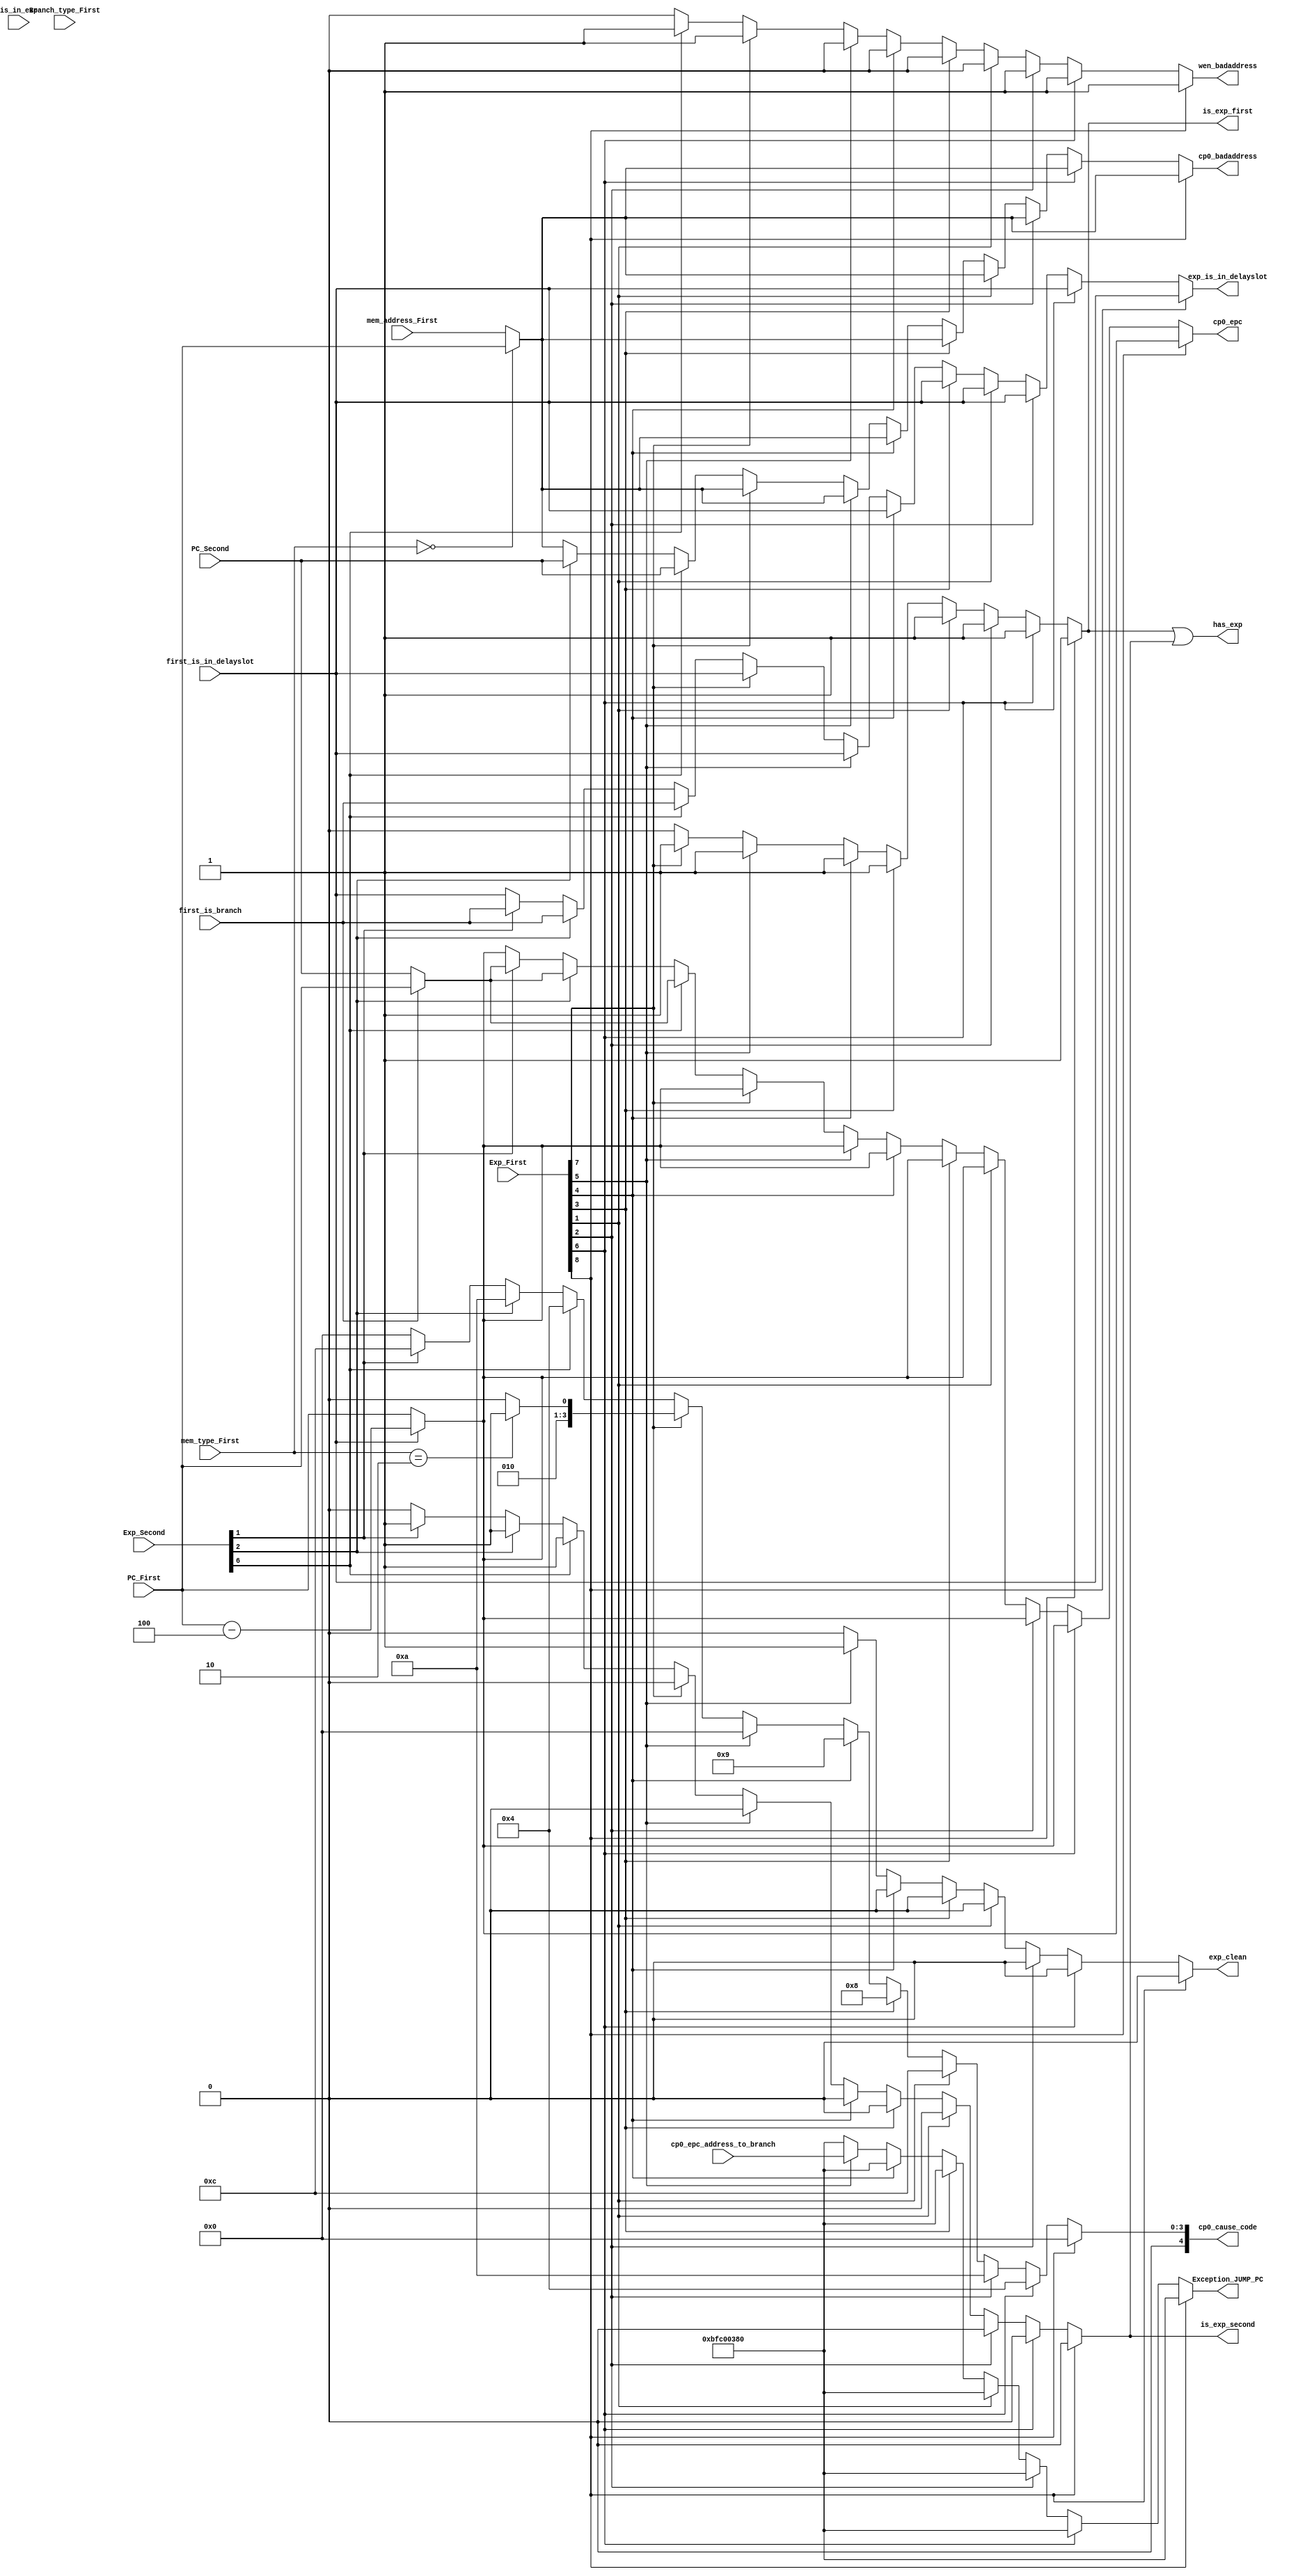
module Exception(
    input wire [13:0] Exp_First,
    input wire [13:0] Exp_Second,
    input wire [1:0] mem_type_First,//if write or read mem
    input wire [31:0] PC_First,
    input wire [3:0]  Branch_type_First,//judge the first if branch,then the second is in the delayslot
    input wire [31:0] PC_Second,
    input wire [31:0] mem_address_First,
    input wire first_is_branch,
    input wire first_is_in_delayslot,
    input wire is_in_exp,//status[1]
    input wire [31:0] cp0_epc_address_to_branch,
    output reg [31:0] Exception_JUMP_PC,
    output wire has_exp,//is_exp_first||is_exp_second
    output reg is_exp_first,
    output reg is_exp_second,
    output reg exp_is_in_delayslot,
    output reg [31:0] cp0_epc,
    output reg wen_badaddress,
    output reg [31:0] cp0_badaddress,
    output reg [4:0] cp0_cause_code,
    output reg exp_clean

);
//---Exp_First_new 1
//  overflow->1
//  RI->2
//  Syscall->3
//  Break->4
//  Eret->5
//  iaddr_error->6
//  daddr_error_read/write->7
//  soft_int->8
wire overflow_first,Ri_first,syscall_first,break_first,eret_first,iaddr_error_first,daddr_error_first,soft_int_first;
wire overflow_second,Ri_second,iaddr_error_second;
wire wmem;//write mem
assign overflow_first=Exp_First[1];
assign Ri_first=Exp_First[2];
assign syscall_first=Exp_First[3];
assign break_first=Exp_First[4];
assign eret_first=Exp_First[5];
assign iaddr_error_first=Exp_First[6];
assign daddr_error_first=Exp_First[7];
assign soft_int_first=Exp_First[8];
assign overflow_second=Exp_Second[1];
assign Ri_second=Exp_Second[2];
assign iaddr_error_second=Exp_Second[6];
assign wmem=(mem_type_First==2'b10);//judge if inst is store
assign has_exp=(is_exp_first||is_exp_second);
always@(*)begin
    Exception_JUMP_PC=32'hBFC00380;
    is_exp_first=1'b0;
    exp_is_in_delayslot=first_is_in_delayslot;
    cp0_epc=first_is_in_delayslot?PC_First-32'd4:PC_First;
    cp0_badaddress=(mem_type_First==2'b00)?PC_First:mem_address_First;
    cp0_cause_code=5'h0;
    exp_clean=1'b0;
    wen_badaddress=1'b0;
    if(soft_int_first)begin
        wen_badaddress=1'b1;
        //exp_clean=1'b0;
        cp0_cause_code=5'h0;
        is_exp_first=1'b1;
        is_exp_second=1'b0;
    end
    else if(iaddr_error_first)begin//fetch address
        is_exp_first=1'b1;
        is_exp_second=1'b0;
        cp0_cause_code=5'h04;
        wen_badaddress=1'b1;
    end
    else if(Ri_first)begin
        is_exp_first=1'b1;
        is_exp_second=1'b0;
        cp0_cause_code=5'h0a;
        wen_badaddress=1'b1;
    end
    else if(overflow_first)begin
        is_exp_first=1'b1;
        is_exp_second=1'b0;
        cp0_cause_code=5'h0c;
    end
    else if(syscall_first)begin
        is_exp_first=1'b1;
        is_exp_second=1'b0;
        cp0_cause_code=5'h08;
    end
    else if(break_first)begin
        is_exp_first=1'b1;
        is_exp_second=1'b0;
        cp0_cause_code=5'h09;
    end
    else if(eret_first)begin
        is_exp_first=1'b1;
        is_exp_second=1'b0;
        exp_clean=1'b1;
        Exception_JUMP_PC=cp0_epc_address_to_branch;
    end
    else if(daddr_error_first)begin//if store
        is_exp_first=1'b1;
        is_exp_second=1'b0;
        wen_badaddress=1'b1;
        if(wmem==1'b1)begin
        cp0_cause_code=5'h05;
        end
        else begin
        cp0_cause_code=5'h04;
        end
    end
    else if(iaddr_error_second)begin
        is_exp_second=1'b1;
        cp0_cause_code=5'h04;
        wen_badaddress=1'b1;
        cp0_badaddress=PC_Second;
        exp_is_in_delayslot=first_is_branch;
        cp0_epc=(first_is_branch)?PC_First:PC_Second;
    end
    else if(Ri_second)begin
        is_exp_second=1'b1;
        cp0_cause_code=5'h0a;
        wen_badaddress=1'b0;
        cp0_badaddress=PC_Second;
        exp_is_in_delayslot=first_is_branch;
        cp0_epc=(first_is_branch)?PC_First:PC_Second;
    end
    else if(overflow_second)begin
        is_exp_second=1'b1;
        cp0_cause_code=5'h0c;
        exp_is_in_delayslot=first_is_branch;
        cp0_epc=(first_is_branch)?PC_First:PC_Second;
    end
    else begin
        Exception_JUMP_PC=32'hBFC00380;
        is_exp_first=1'b0;
        is_exp_second=1'b0;
        exp_is_in_delayslot=first_is_in_delayslot;
        cp0_epc=first_is_in_delayslot?PC_First-32'd4:PC_First;
        cp0_badaddress=(mem_type_First==2'b00)?PC_First:mem_address_First;
        cp0_cause_code=5'h0;
        exp_clean=1'b0;
        wen_badaddress=1'b0;
    end

end








endmodule